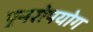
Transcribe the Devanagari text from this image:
पुनरोपयोग